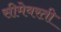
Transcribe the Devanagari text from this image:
सीमेवरती